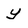
Character: y